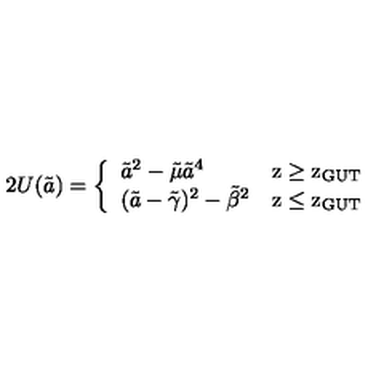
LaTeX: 2 U ( \tilde { a } ) = \left\{ \begin{array} { l l } { { \tilde { a } } ^ { 2 } - { \tilde { \mu } } { \tilde { a } } ^ { 4 } \ } & { \mathrm { z \geq z _ { G U T } } } \\ { ( \tilde { a } - { \tilde { \gamma } } ) ^ { 2 } - { \tilde { \beta } } ^ { 2 } } & { \mathrm { z \leq z _ { G U T } } } \\ \end{array} \right.